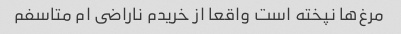
مرغ‌ها نپخته است واقعا از خریدم ناراضى ام متاسفم